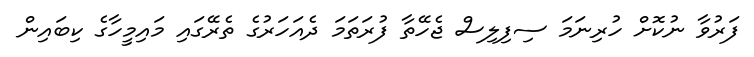
ފަރުވާ ނުކޮށް ހުރިނަމަ ސިފިލިސް ޖެހޭތާ ފުރަތަމަ ދެއަހަރުގެ ތެރޭގައި މައިމީހާގެ ކިބައިން